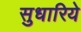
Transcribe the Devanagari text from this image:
सुधारिये